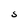
Character: S